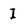
Character: I